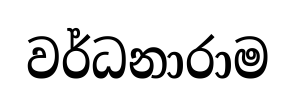
වර්ධනාරාම